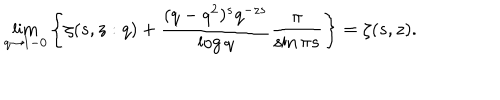
\lim _ { q \to 1 - 0 } \left\{ \zeta ( s , z : q ) + \frac { ( q - q ^ { 2 } ) ^ { s } q ^ { - z s } } { \log q } \frac { \pi } { \sin \pi s } \right\} = \zeta ( s , z ) .